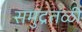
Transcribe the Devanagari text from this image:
समुद्रतळी